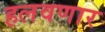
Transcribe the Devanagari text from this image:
हलवणार